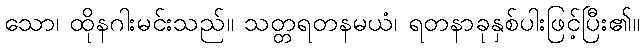
သော၊ ထိုနဂါးမင်းသည်။ သတ္တရတနမယံ၊ ရတနာခုနှစ်ပါးဖြင့်ပြီး၏။